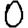
Digit: 0